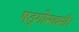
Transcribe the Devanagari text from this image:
षड्गोस्वामी।